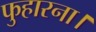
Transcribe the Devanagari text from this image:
फुहारना।